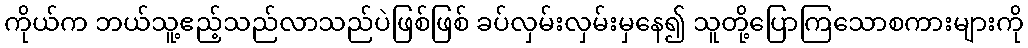
ကိုယ်က ဘယ်သူ့ဧည့်သည်လာသည်ပဲဖြစ်ဖြစ် ခပ်လှမ်းလှမ်းမှနေ၍ သူတို့ပြောကြသောစကားများကို